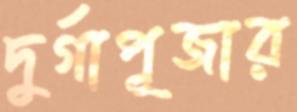
দুর্গাপূজার